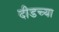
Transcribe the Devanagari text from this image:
दीडच्या